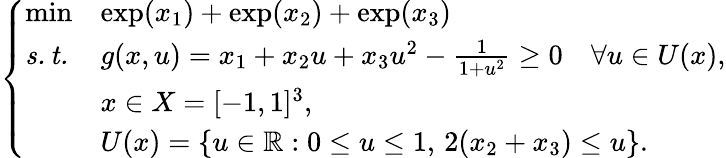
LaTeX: \left\{ \begin{array}{lll}{\operatorname*{min}}&{\exp(x_{1})+\exp(x_{2})+\exp(x_{3})}\\ {\mathit{s.t.}}&{g(x,u)=x_{1}+x_{2}u+x_{3}u^{2}-\frac{1}{1+u^{2}}\geq 0\quad\forall u\in U(x),}\\ &{x\in X=[-1,1]^{3},}\\ &{U(x)=\{ u\in\mathbb{R}:0\leq u\leq 1,\, 2(x_{2}+x_{3})\leq u\} .}\end{array}\right.